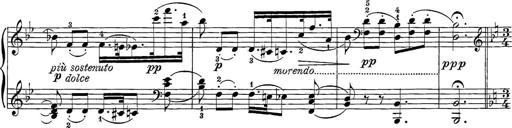
Title: 12 Sonatine per Pianoforte
Composer: Friedrich Kuhlau